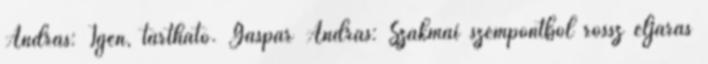
András: Igen, tartható. Gáspár András: Szakmai szempontból rossz eljárás